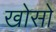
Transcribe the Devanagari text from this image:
खोसो